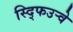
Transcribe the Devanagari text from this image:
स्द्फिउर्‍वे